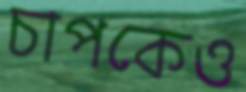
চাপকেও